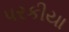
પરકીયા